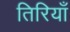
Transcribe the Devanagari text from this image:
तिरियाँ